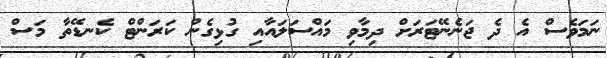
ނަމަވެސް އެ ދެ ޖަނެނޭޓަރަށް ދިމާވި މައްސަލައާއި ގުޅިގެން ކަރަންޓް ކެނޑޭތާ މަސް